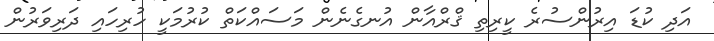
އަދި ކުޑަ އިރުންސުރެ ކީރިތި ޤްރްއާން އުނގެނެން މަސައްކަތް ކުރުމަކީ ހުރިހައި ދަރިވަރުން